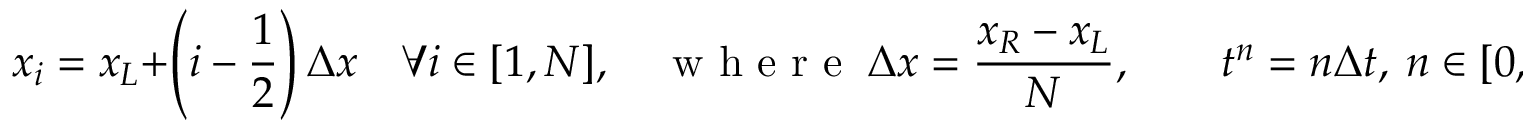
x _ { i } = x _ { L } + \left( i - \frac { 1 } { 2 } \right) \Delta x \quad \forall i \in [ 1 , N ] , \quad \mathrm { ~ w ~ h ~ e ~ r ~ e ~ } \ \Delta x = \frac { x _ { R } - x _ { L } } { N } , \qquad t ^ { n } = n \Delta t , \ n \in [ 0 , n _ { m a x } ]